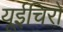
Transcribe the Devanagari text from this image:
यूईचिरो